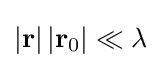
\left|\mathbf {r} \right|\left|\mathbf {r} _{0}\right|\ll \lambda \,\!